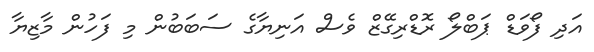
އަދި ފޯވަޑް ޕަބްލޯ ރޮޑްރިގޭޒް ވެސް އަނިޔާގެ ސަބަބުން މި ފަހުން މާޒިޔާ